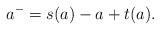
LaTeX: \begin{align*}a^- = s(a) - a + t(a).\end{align*}